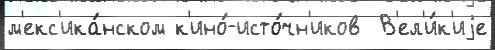
м'екс'ика́нском к'ино́-исто́чн'иков  В'ел'и́к'иjе